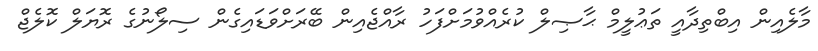
މާލެއިން އިބްތިދާއީ ތަޢުލީމް ޙާޞިލް ކުރެއްވުމަށްފަހު ރާއްޖެއިން ބޭރަށްވަޑައިގެން ސިލޯނުގެ ރޮޔަލް ކޮލެޖް